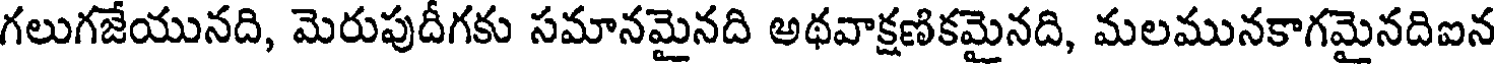
గలుగజేయునది, మెరుపుదీగకు సమానమైనది అథవాక్షణికమైనది, మలమునకాగమైనదిఐన